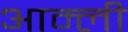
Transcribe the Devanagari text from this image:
आम्ली